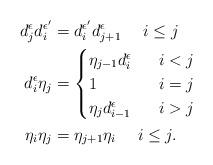
LaTeX: \begin{align*} d_j^{\epsilon}d_i^{\epsilon'}&=d_i^{\epsilon'}d_{j+1}^{\epsilon} ~~~~ i\leq j \\ d_i^{\epsilon}\eta_j&= \begin{cases} \eta_{j-1}d_i^{\epsilon} &~~i<j \\ 1 &~~i=j\\ \eta_jd_{i-1}^{\epsilon} &~~i>j \end{cases}\\\eta_i\eta_j&=\eta_{j+1}\eta_i ~~~~i\leq j. \end{align*}